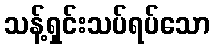
သန့်ရှင်းသပ်ရပ်သော